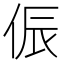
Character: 侲